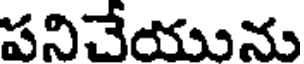
పనిచేయును